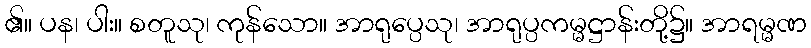
၏။ ပန၊ ပါး။ စတူသု၊ ကုန်သော။ အာရုပ္ပေသု၊ အာရုပ္ပကမ္မဋ္ဌာန်းတို့၌။ အာရမ္မဏ